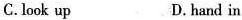
C. look up D. hand in